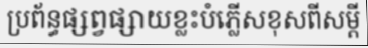
ប្រព័ន្ធផ្សព្វផ្សាយខ្លះបំភ្លើសខុសពីសម្តី